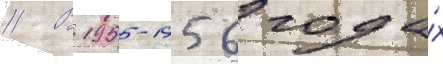
// В 1955-1956 года́х